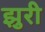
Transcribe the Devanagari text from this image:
झुरी